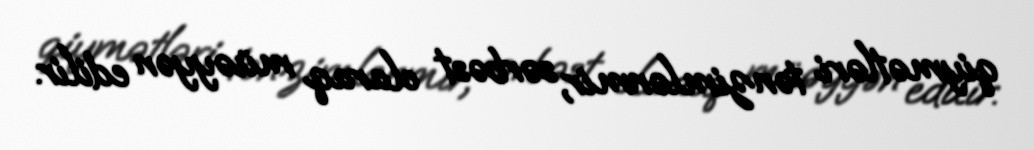
qiymətləri tənzimlənmir, sərbəst olaraq müəyyən edilir.